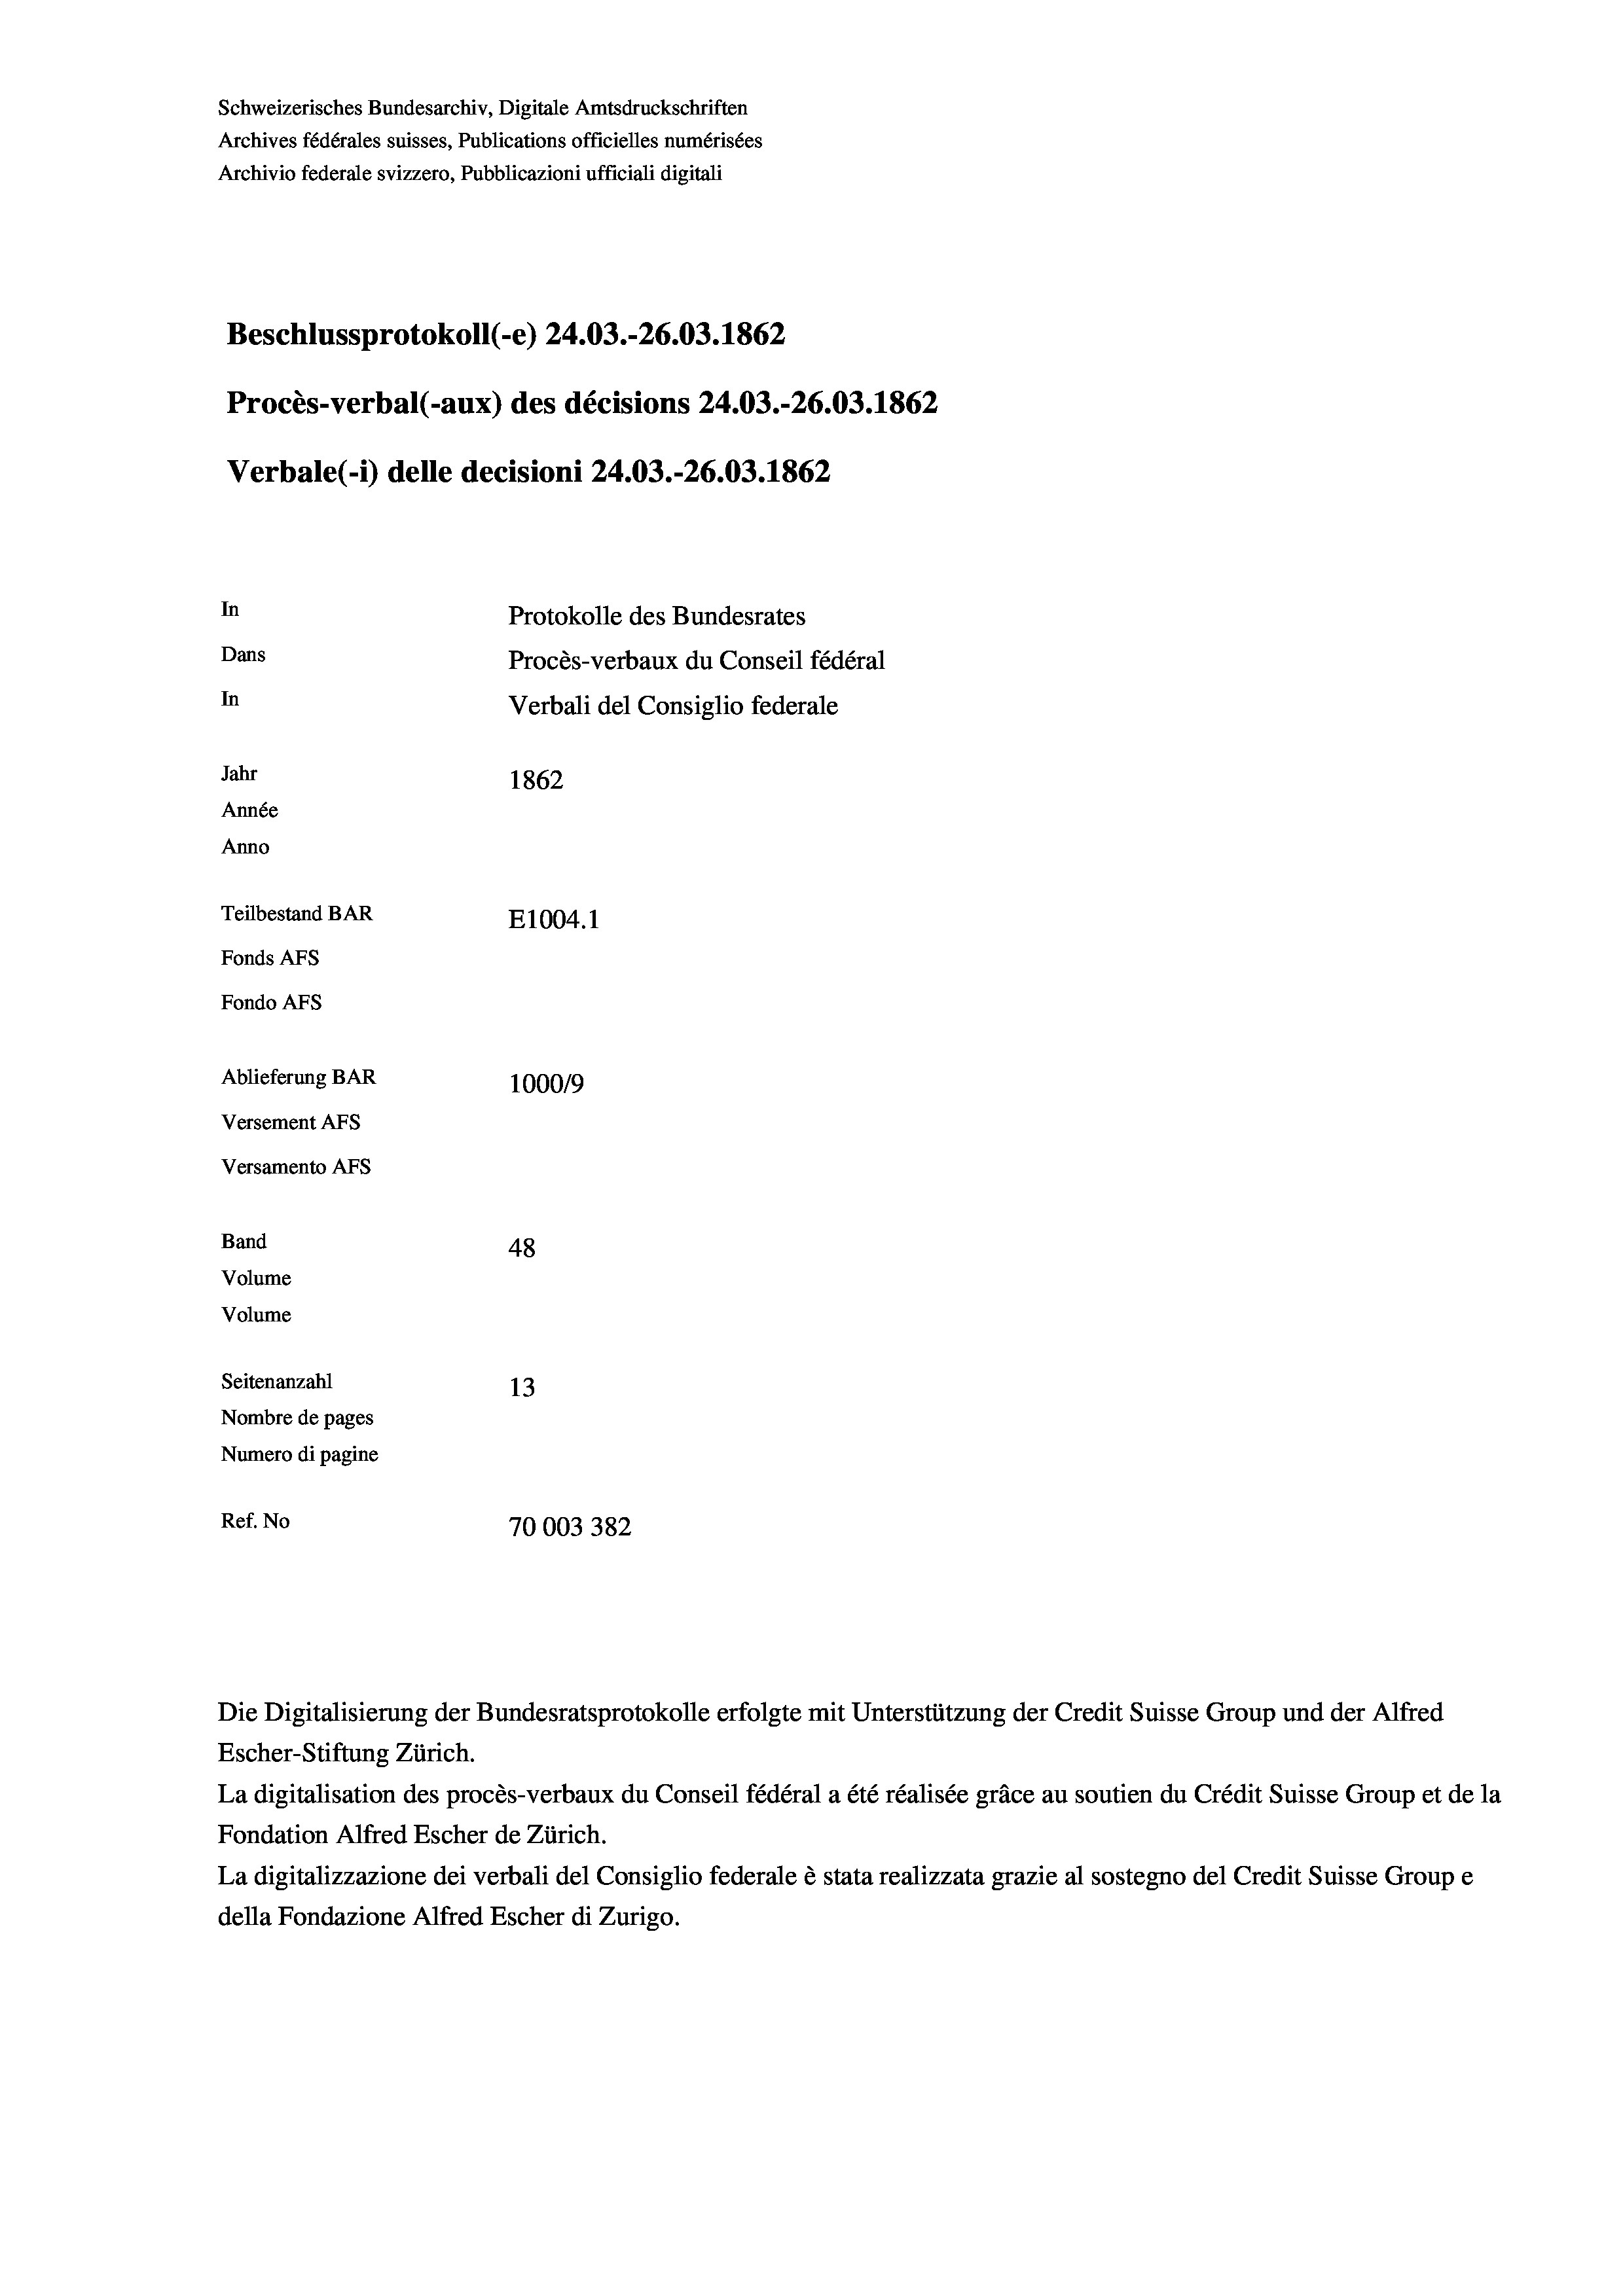
Schweizerisches Bundesarchiv, Digitale Amtsdruckschriften
Archives fédérales suisses, Publications officielles numérisées
Archivio federale svizzero, Pubblicazioni ufficiali digitali
Beschlussprotokoll (-e) 24.03.-26.03. 1862
Procès-verbal (-aux) des décisions 24.03.-26.03. 1862
Verbale(-*) delle decisioni 24.03.-26.03. 1862
In
Protokolle des Bundesrates
Dans
Procès-verbaux du Conseil fédéral
In
Verbali del Consiglio federale
Jahr
1862
Année
Anno
Teilbestand BAR
E1004. 1
Fonds AFs
Fondo Afs
Ablieferung BAR
100019
Versement Ans
Versamento Afs
Band
48
Volume
Volume

Seitenanzahl
13
Nombre de pages
Numero di pagine
Ref. No
70003382

Escher-Stiftung Zürich.
La digitalisation des procès-verbaux du Conseil fédéral a été réalisée gräce au soutien du Crédit Suisse Group et de la
Fondation Alfred Escher de Zürich.
La digitalizzazione dei verbali del Consiglio federale è stata realizzata grazie al sostegno del Credit Suisse Groupe
della Fondazione Alfred Escher di Zurigo.

Die Digitalisierung der Bundesratsprotokolle erfolgte mit Unterstützung der Credit Suisse Group und der Alfred